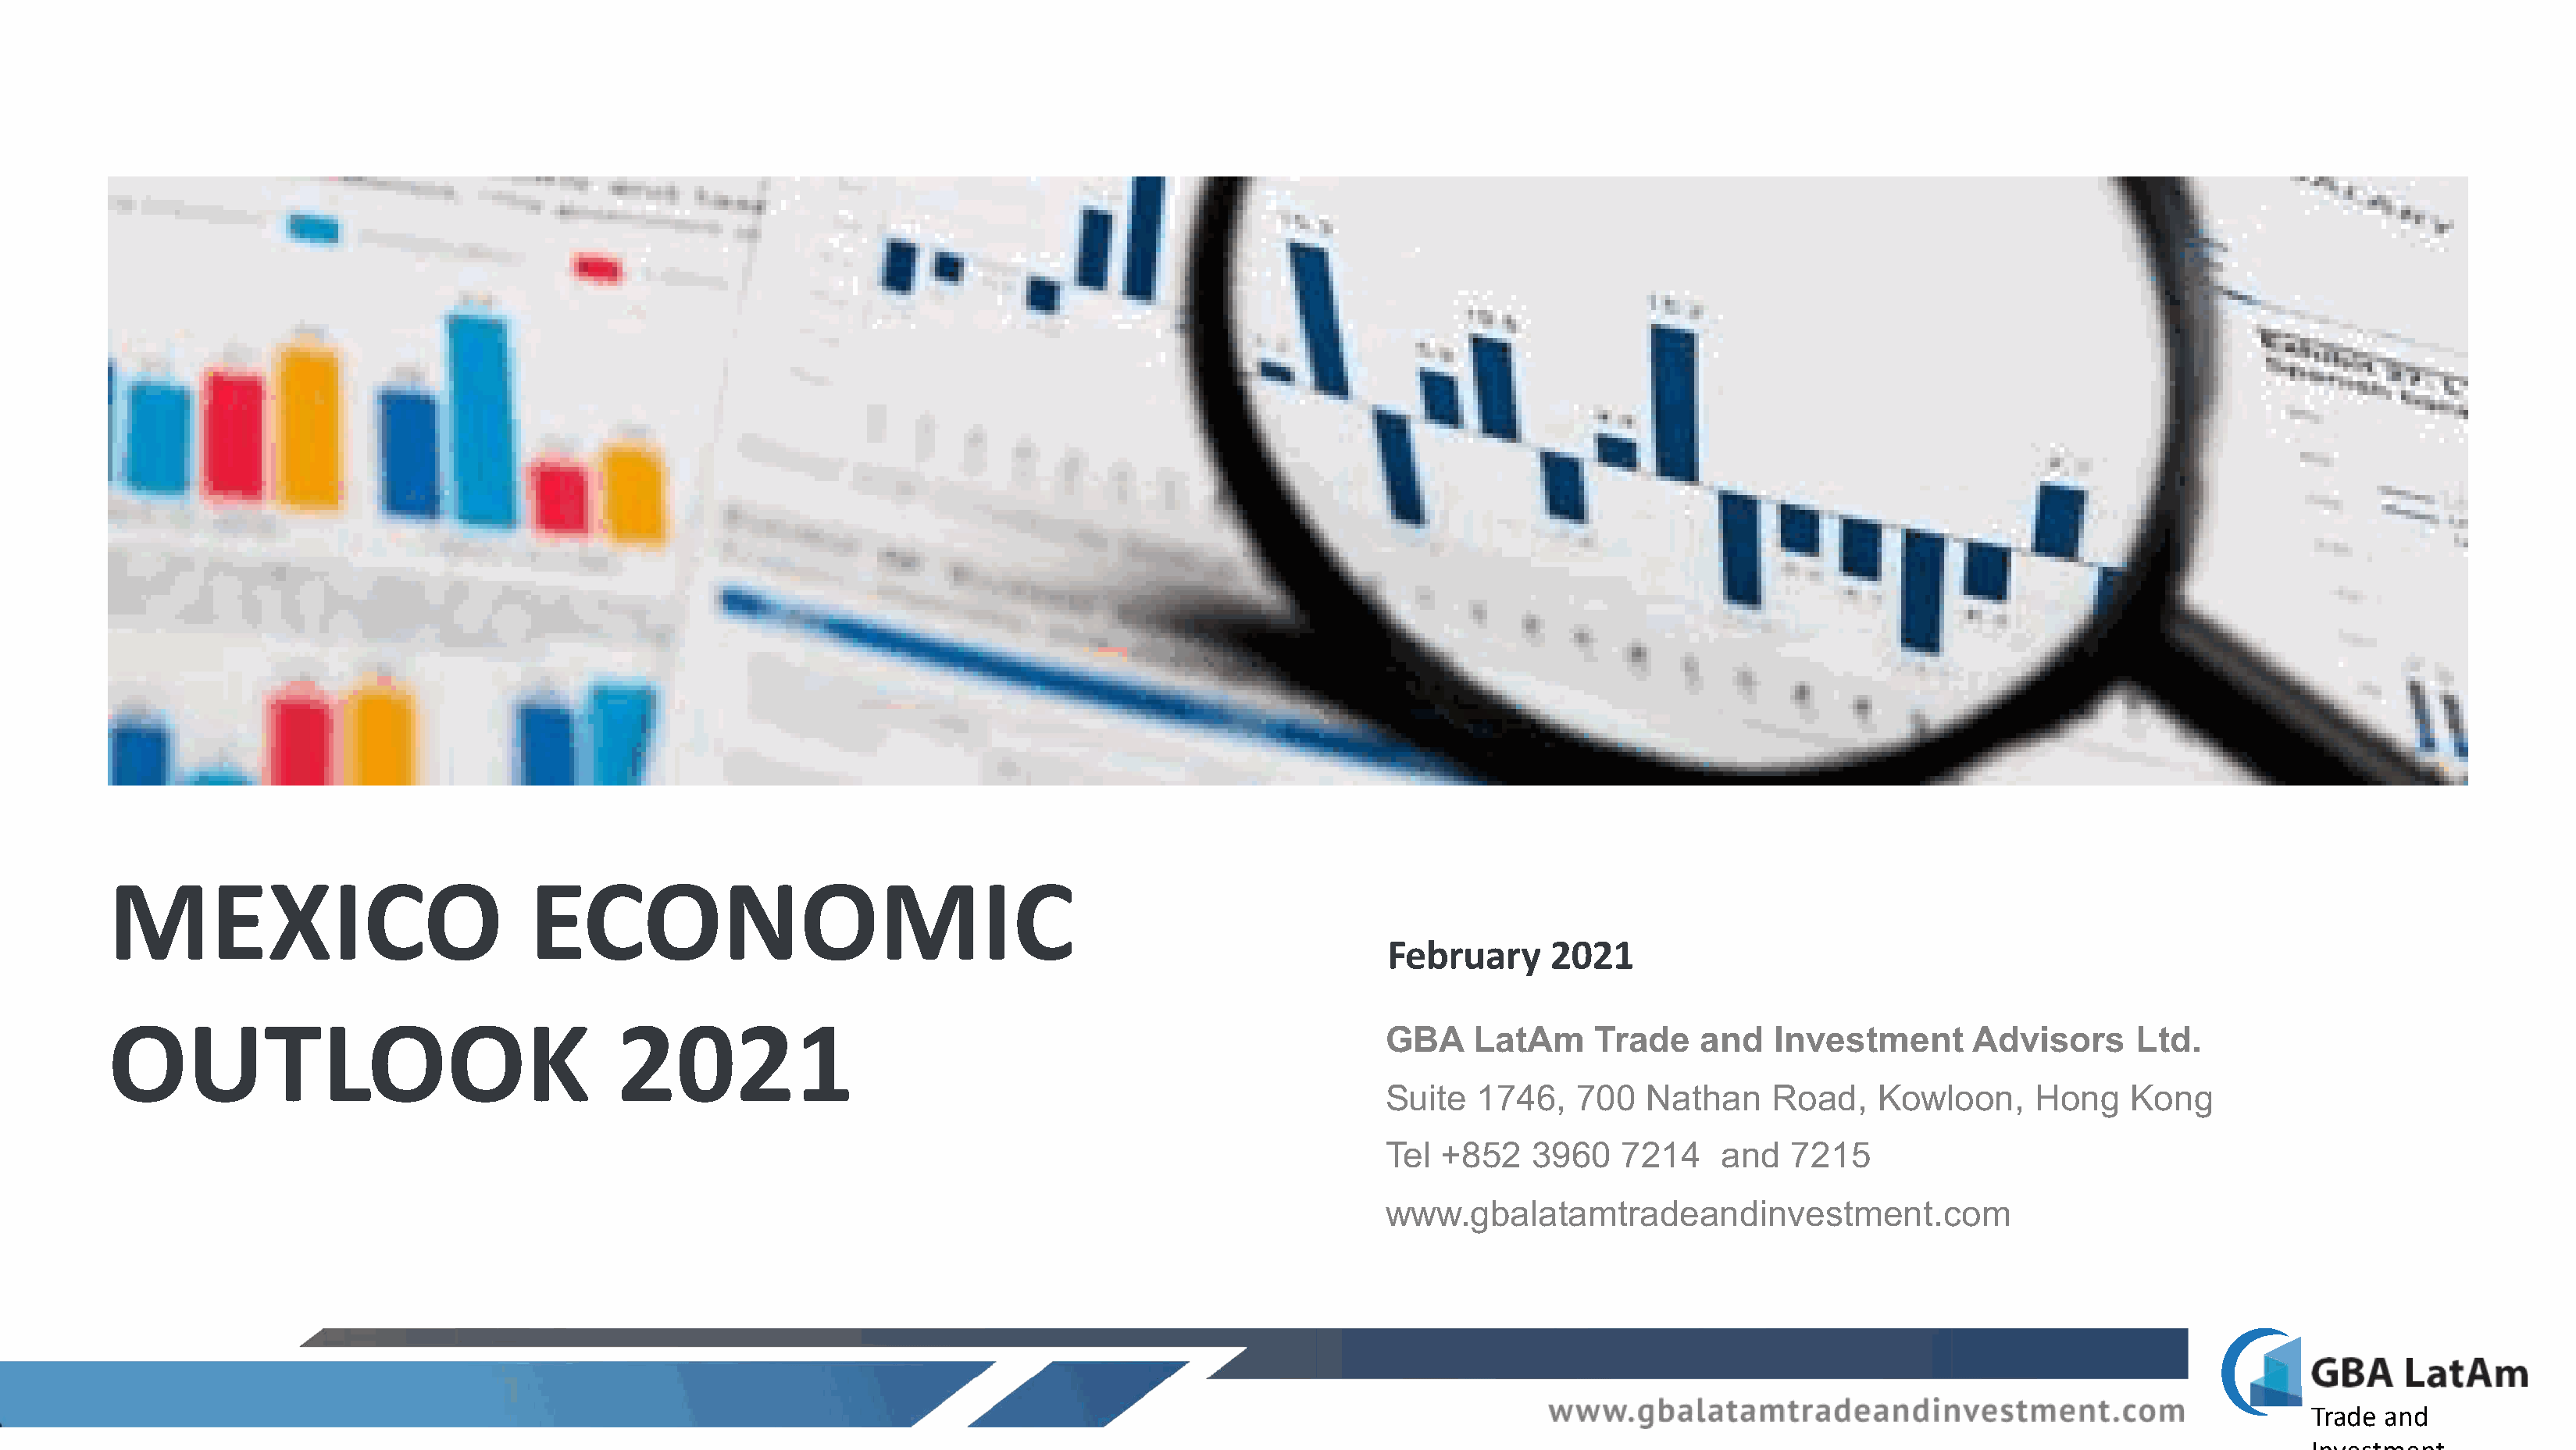
MEXICO                              ECONOMIC
 February     2021
 OUTLOOK                                    2021
 GBA     LatAm     Trade    and   Investment       Advisors      Ltd.
 Suite   1746,    700   Nathan    Road,    Kowloon,     Hong     Kong
 Tel  +852    3960   7214     and   7215
 www.gbalatamtradeandinvestment.com
 Trade and
 Investment